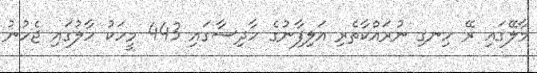
މާލޭގައި ރޭ ހިނގި ނުރައްކާތެރި އަލިފާނުގެ ހާދިސާގައި 443 މީހަކު ހާލުގައި ޖެހުނު